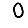
Digit: 0